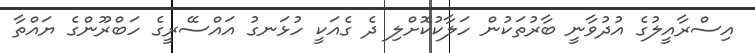
އިސްރާއީލުގެ އުދުވާނީ ބާރުތަކުން ހަލާކުކޮށްލި ދެ ގެއަކީ ހުޅަނގު އައްސޭރީގެ ހަބްރޫންގެ ޔައްތާ